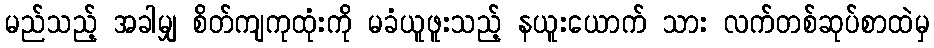
မည်သည့် အခါမျှ စိတ်ကျကုထုံးကို မခံယူဖူးသည့် နယူးယောက် သား လက်တစ်ဆုပ်စာထဲမှ